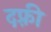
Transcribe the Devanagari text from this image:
दफ़्री